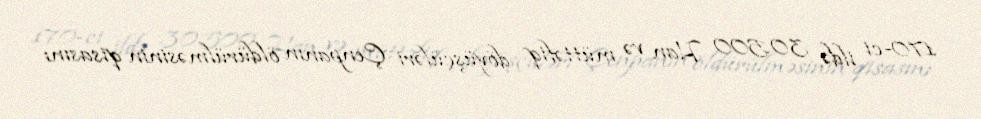
170-ci ildə 30.500 Han və müttəfiq döyüşçüləri Çenpanın öldürülməsinin qisasını